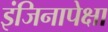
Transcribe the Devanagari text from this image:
इंजिनापेक्षा